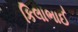
કિલાભાઈ